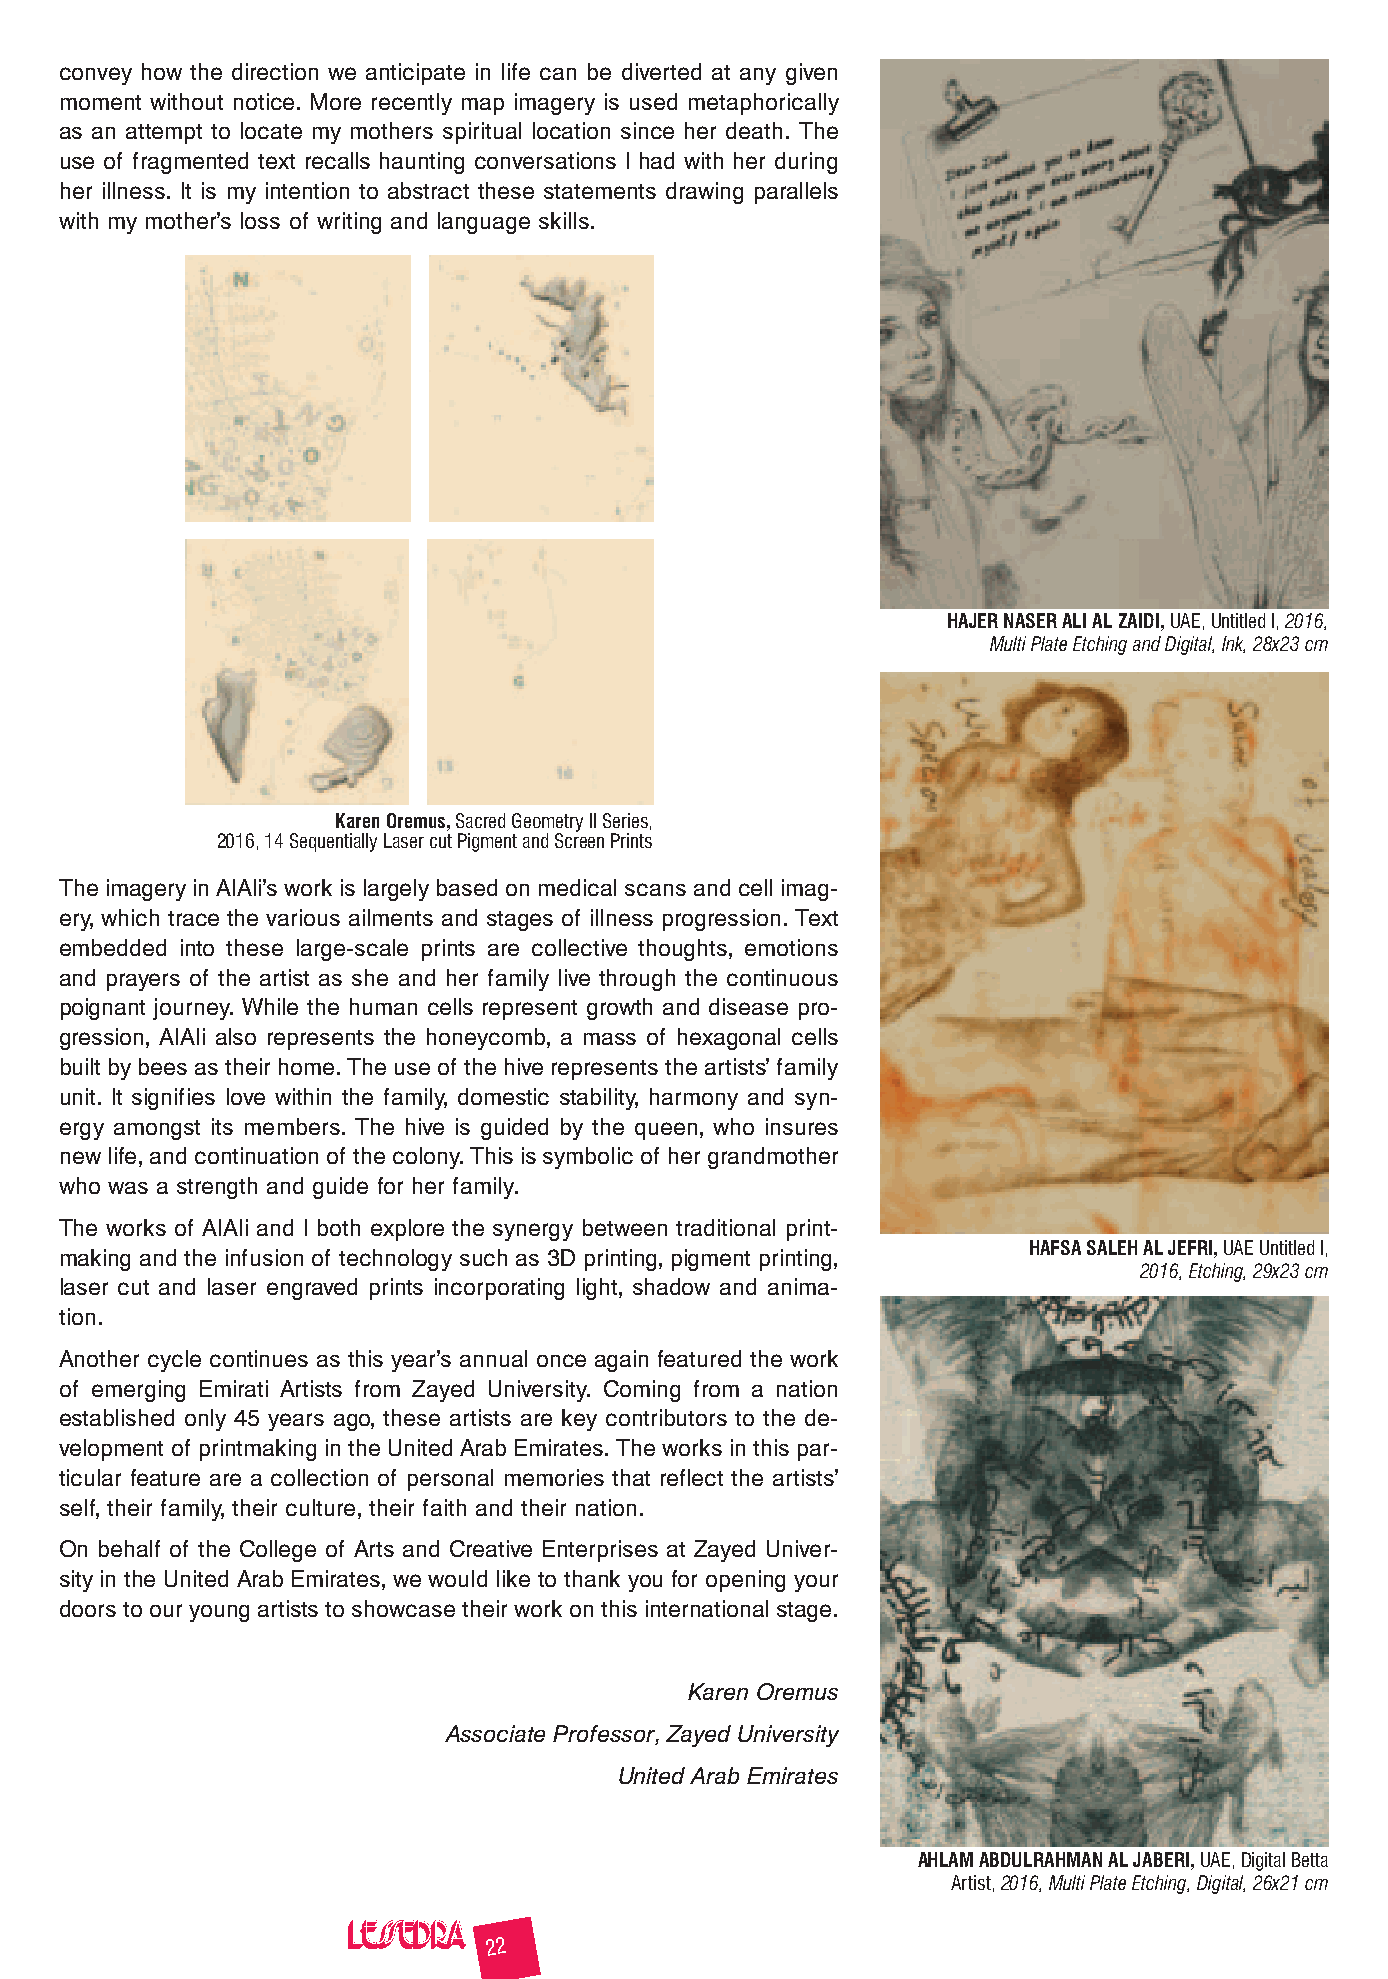
convey how the direction we anticipate in life can be diverted at any given
 moment without notice. More recently map imagery is used metaphorically
 as an attempt to locate my mothers spiritual location since her death. The
 use of fragmented text recalls haunting conversations I had with her during
 her illness. It is my intention to abstract these statements drawing parallels
 with my mother’s loss of writing and language skills.
 HАJER NASER ALI AL ZAIDI, UAE, Untitled I, 2016,
 Multi Plate Etching and Digital, Ink, 28x23 cm
 Karen Oremus, Sacred Geometry II Series,
 2016, 14 Sequentially Laser cut Pigment and Screen Prints
 The imagery in AlAli’s work is largely based on medical scans and cell imag-
 ery, which trace the various ailments and stages of illness progression. Text
 embedded into these large-scale prints are collective thoughts, emotions
 and prayers of the artist as she and her family live through the continuous
 poignant journey. While the human cells represent growth and disease pro-
 gression, AlAli also represents the honeycomb, a mass of hexagonal cells
 built by bees as their home. The use of the hive represents the artists’ family
 unit. It signifies love within the family, domestic stability, harmony and syn-
 ergy amongst its members. The hive is guided by the queen, who insures
 new life, and continuation of the colony. This is symbolic of her grandmother
 who was a strength and guide for her family.
 The works of AlAli and I both explore the synergy between traditional print-
 HAFSA SALEH AL JEFRI, UAE Untitled I,
 making and the infusion of technology such as 3D printing, pigment printing,
 2016, Etching, 29x23 cm
 laser cut and laser engraved prints incorporating light, shadow and anima-
 tion.
 Another cycle continues as this year’s annual once again featured the work
 of emerging Emirati Artists from Zayed University. Coming from a nation
 established only 45 years ago, these artists are key contributors to the de-
 velopment of printmaking in the United Arab Emirates. The works in this par-
 ticular feature are a collection of personal memories that reflect the artists’
 self, their family, their culture, their faith and their nation.
 On behalf of the College of Arts and Creative Enterprises at Zayed Univer-
 sity in the United Arab Emirates, we would like to thank you for opening your
 doors to our young artists to showcase their work on this international stage.
 Karen Oremus
 Associate Professor, Zayed University
 United Arab Emirates
 AHLAM ABDULRAHMAN AL JABERI, UAE, Digital Betta
 Artist, 2016, Multi Plate Etching, Digital, 26x21 cm
 22